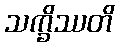
သက္ခိဿတိ